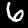
Digit: 6